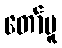
တော်မူ